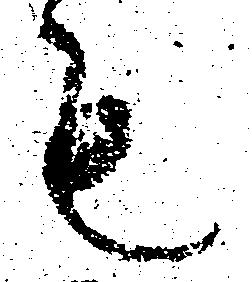
も